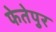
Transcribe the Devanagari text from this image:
फेतेपुर